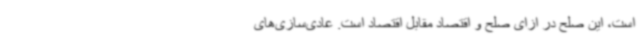
است، این صلح در ازای صلح و اقتصاد مقابل اقتصاد است. عادی‌سازی‌های